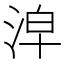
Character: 𣴢